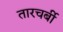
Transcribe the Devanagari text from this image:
तारचर्बी